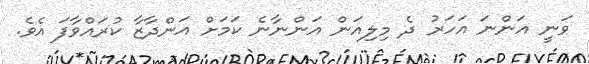
ވަނީ އަންނަ އަހަރު ދެ މިލިއަން އަންނާނެ ކަމަށް އަންދާޒާ ކުރައްވާފަ އެވެ.